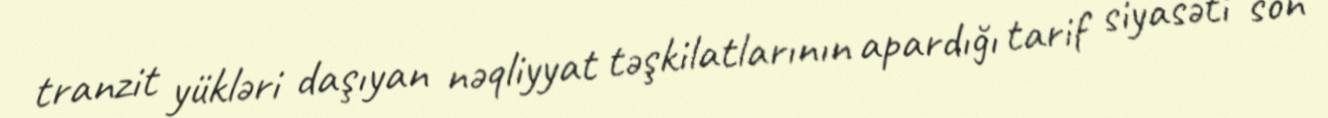
tranzit yükləri daşıyan nəqliyyat təşkilatlarının apardığı tarif siyasəti son